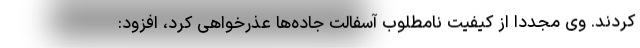
کردند. وی مجدداً از کیفیت نامطلوب آسفالت جاده‌ها عذرخواهی کرد، افزود: